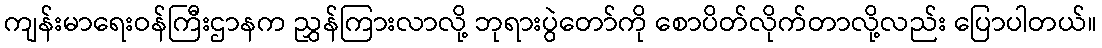
ကျန်းမာရေးဝန်ကြီးဌာနက ညွှန်ကြားလာလို့ ဘုရားပွဲတော်ကို စောပိတ်လိုက်တာလို့လည်း ပြောပါတယ်။